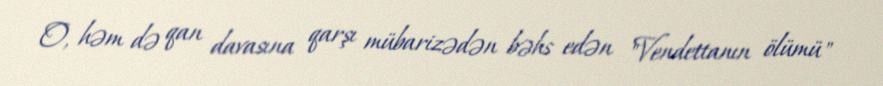
O, həm də qan davasına qarşı mübarizədən bəhs edən "Vendettanın ölümü"